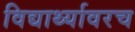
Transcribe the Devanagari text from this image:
विद्यार्थ्यावरच